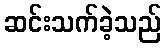
ဆင်းသက်ခဲ့သည်